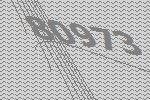
80973